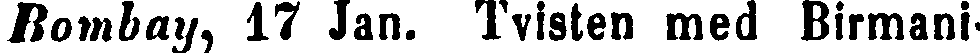
Bombay, 17 Jan. Tvisten med Birmani-